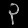
Digit: ၃